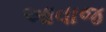
આવાજ